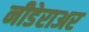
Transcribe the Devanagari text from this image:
नीडेराअर